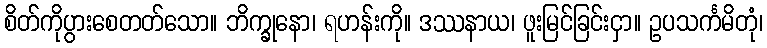
စိတ်ကိုပွားစေတတ်သော။ ဘိက္ခုနော၊ ရဟန်းကို။ ဒဿနာယ၊ ဖူးမြင်ခြင်းငှာ။ ဥပသင်္ကမိတုံ၊